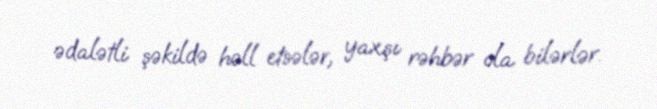
ədalətli şəkildə həll etsələr, yaxşı rəhbər ola bilərlər.